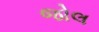
જોલ